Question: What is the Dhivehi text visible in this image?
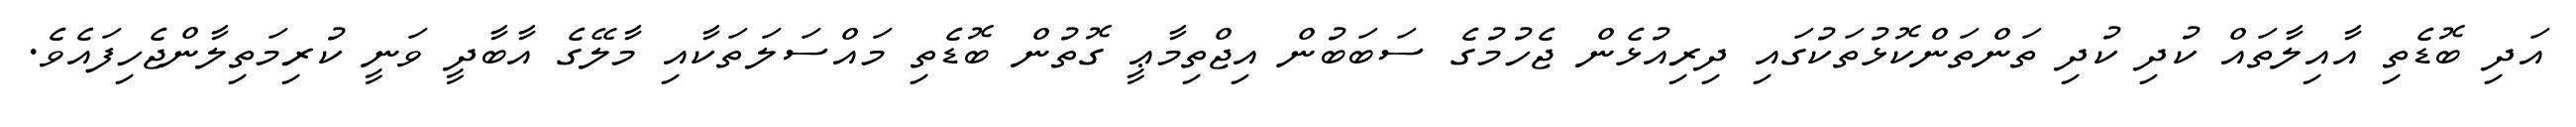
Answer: އަދި ބޮޑެތި އާއިލާތައް ކުދި ކުދި ތަންތަންކޮޅުތަކުގައި ދިރިއުޅެން ޖެހުމުގެ ސަބަބުން އިޖްތިމާޢީ ގޮތުން ބޮޑެތި މައްސަލަތަކާއި މާލޭގެ އާބާދީ ވަނީ ކުރިމަތިލާންޖެހިފައެވެ.